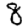
Digit: 8